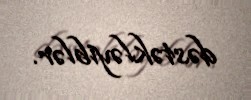
dəstəkləyiblər.